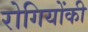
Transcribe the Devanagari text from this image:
रोगियोंकी